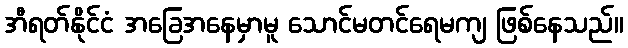
အီရတ်နိုင်ငံ အခြေအနေမှာမူ သောင်မတင်ရေမကျ ဖြစ်နေသည်။